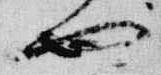
也